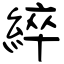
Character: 綷